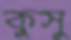
কুসু